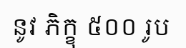
នូវ ភិក្ខុ ៥០០ រូប